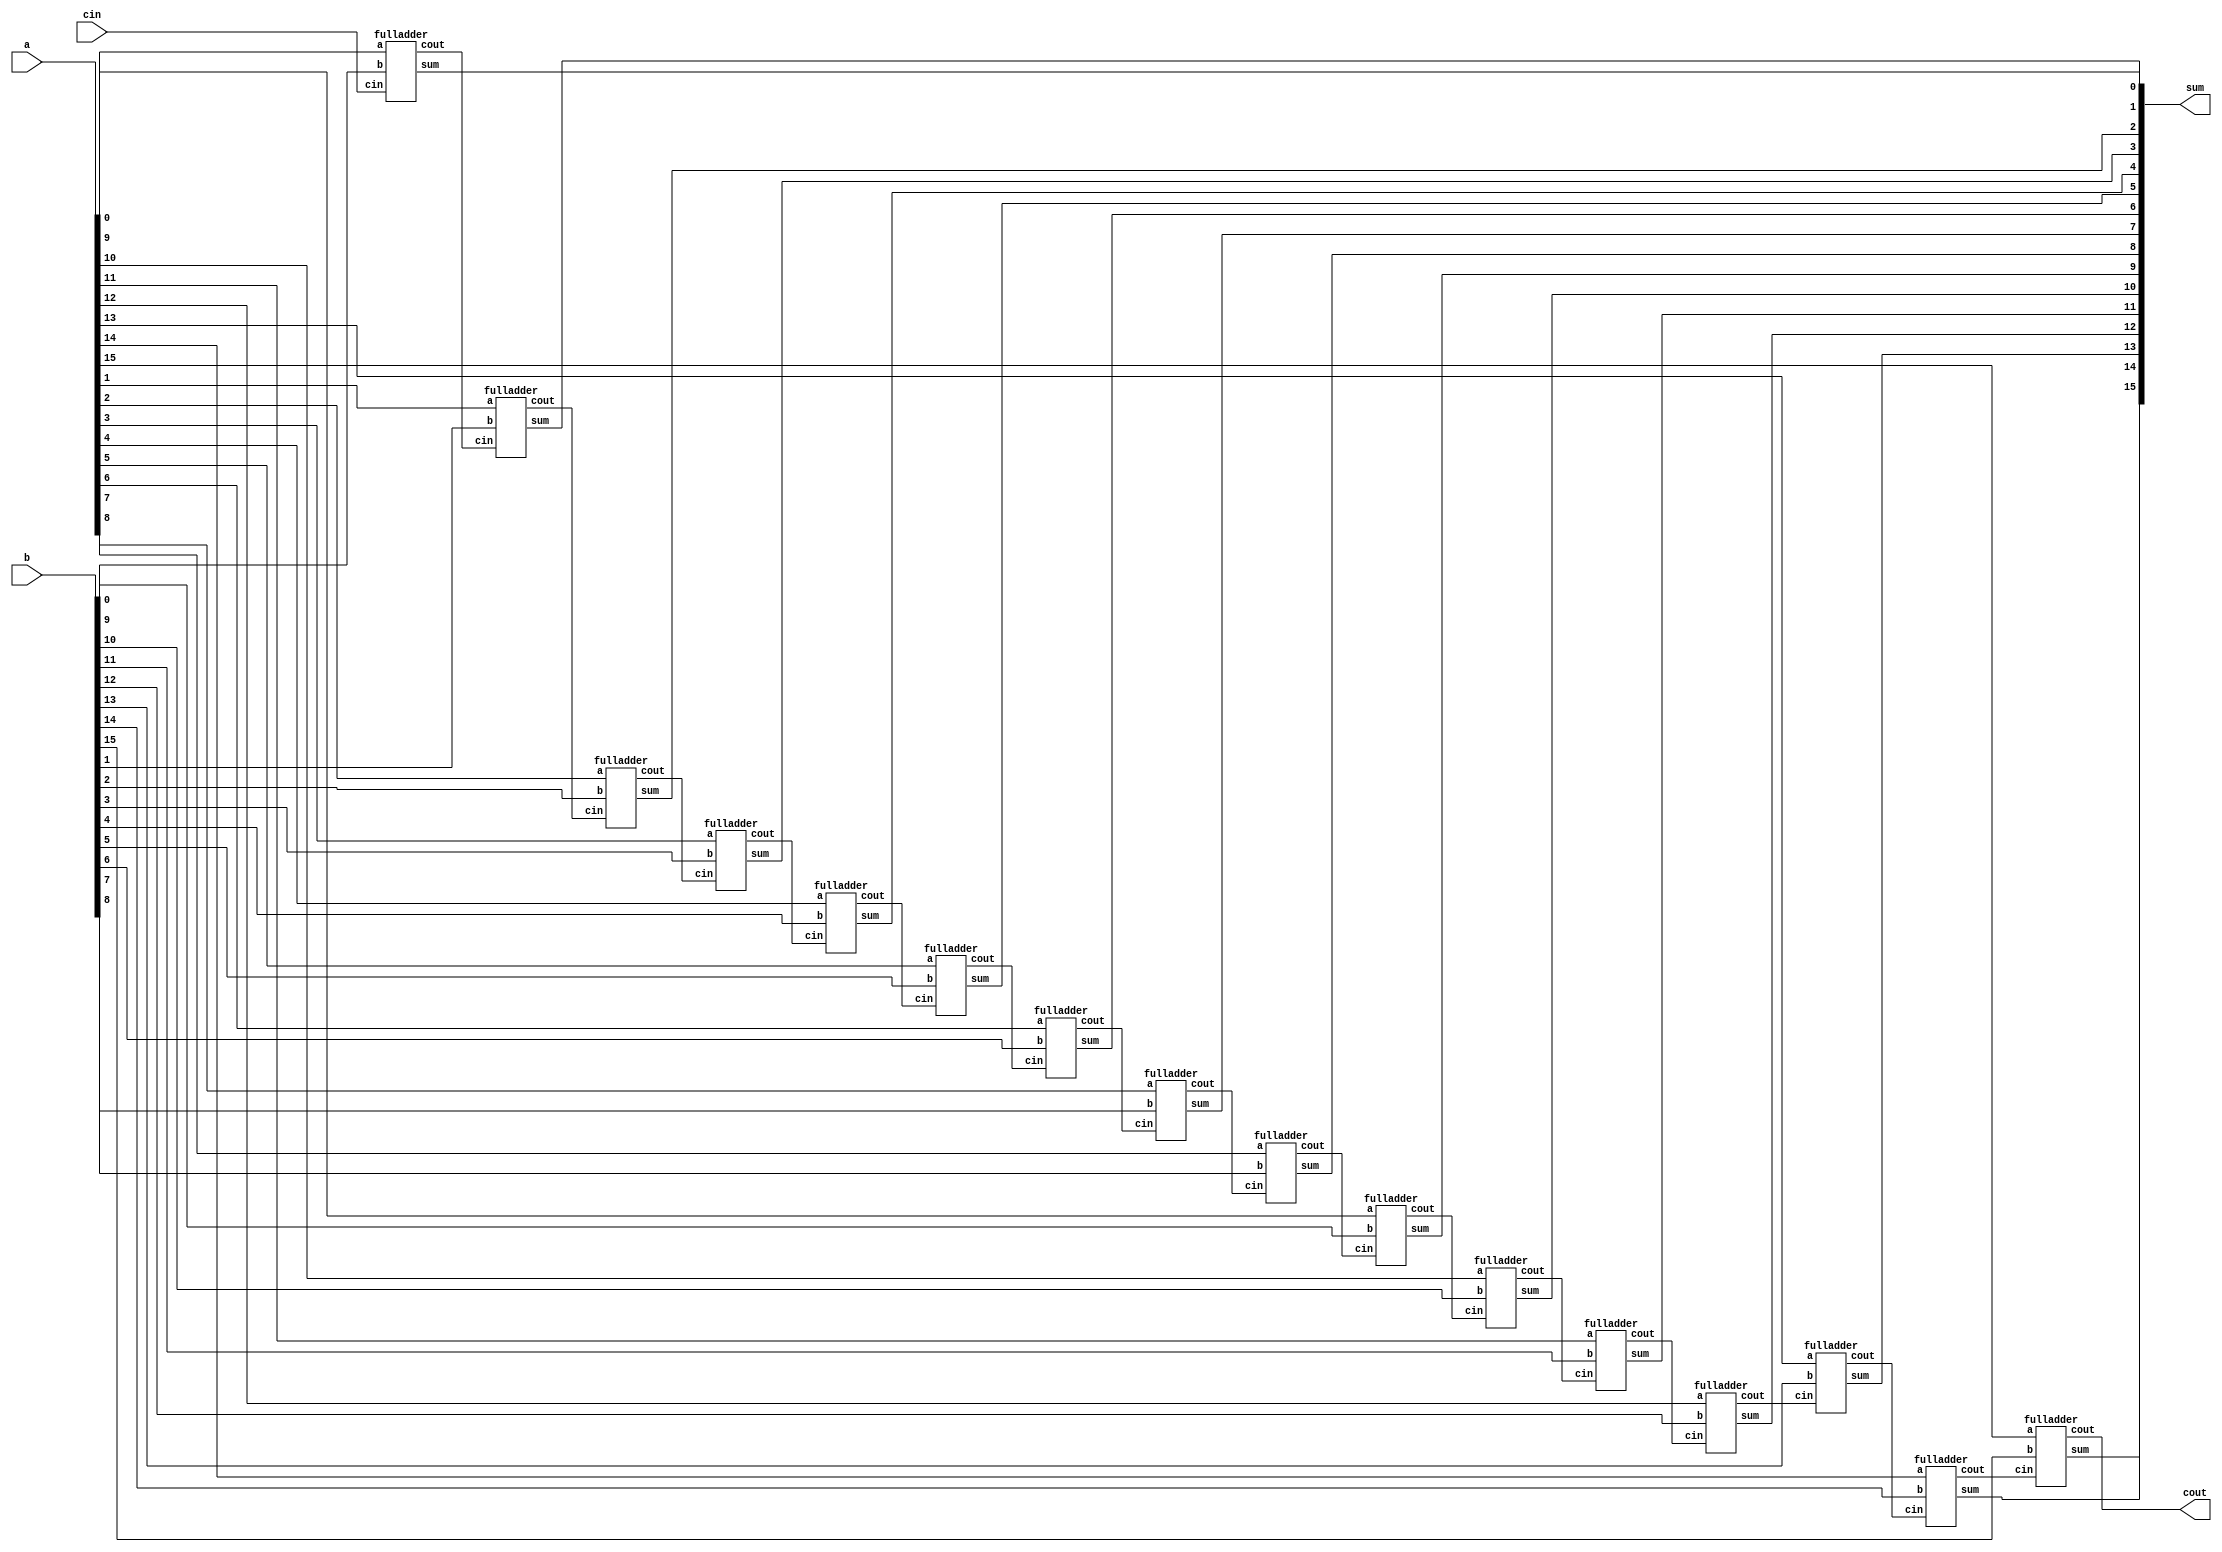
`timescale 1ns/1ps

module RCA_16bit(a,b,cin,sum,cout);

    input [15:0] a,b;
    input cin;
    output [15:0] sum;
    output cout;
    wire [14:0] c;
	// --- Write down your design here --- //
	fulladder FA1(a[0],b[0],cin,sum[0],c[0]);
	fulladder FA2(a[1],b[1],c[0],sum[1],c[1]);
	fulladder FA3(a[2],b[2],c[1],sum[2],c[2]);
	fulladder FA4(a[3],b[3],c[2],sum[3],c[3]);
	fulladder FA5(a[4],b[4],c[3],sum[4],c[4]);
	fulladder FA6(a[5],b[5],c[4],sum[5],c[5]);
	fulladder FA7(a[6],b[6],c[5],sum[6],c[6]);
	fulladder FA8(a[7],b[7],c[6],sum[7],c[7]);
	fulladder FA9(a[8],b[8],c[7],sum[8],c[8]);
	fulladder FA10(a[9],b[9],c[8],sum[9],c[9]);
	fulladder FA11(a[10],b[10],c[9],sum[10],c[10]);
	fulladder FA12(a[11],b[11],c[10],sum[11],c[11]);
	fulladder FA13(a[12],b[12],c[11],sum[12],c[12]);
	fulladder FA14(a[13],b[13],c[12],sum[13],c[13]);
	fulladder FA15(a[14],b[14],c[13],sum[14],c[14]);
	fulladder FA16(a[15],b[15],c[14],sum[15],cout);
	// ----------------------------------- //

endmodule

// FA module
module fulladder(a,b,cin,sum,cout);
	
	input a, b, cin;
	output sum,cout;

	wire x,y,z;

	// --- Write down your design here --- //
	xorgate xor1 (a,b,x);
    xorgate xor2 (x,cin,sum);
    andgate and1 (a,b,y);
    andgate and2 (x,cin,z);
    orgate or2 (y,z,cout);
	// ----------------------------------- //

endmodule

// xor gate
module xorgate (a,b,out);
	
	input a,b;
	output out;

	wire w1,w2;

	// --- Write down your design here --- //
	andgate and1(a,~b,w1);
	andgate and2(~a,b,w2);
	orgate or1(w1,w2,out);
	// ----------------------------------- //


endmodule



// and gate
module andgate (a,b,out);
	
	input a, b;
	output reg out;

	always @ (*)  begin
		#10 out <= a & b; // #10ns  and gate's gate delay
	end

endmodule

// or gate
module orgate (a,b,out);
	
	input a, b;
	output reg out;

	always @ (*)  begin
		#4 out <= a | b; // #4ns  or gate's gate delay
	end

endmodule